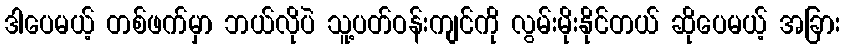
ဒါပေမယ့် တစ်ဖက်မှာ ဘယ်လိုပဲ သူ့ပတ်ဝန်းကျင်ကို လွမ်းမိုးနိုင်တယ် ဆိုပေမယ့် အခြား